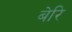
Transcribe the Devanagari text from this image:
बेरि